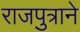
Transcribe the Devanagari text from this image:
राजपुत्राने